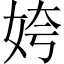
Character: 姱